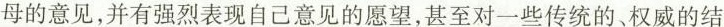
母的意见，并有强烈表现自己意见的愿望，甚至对一些传统的、权威的结